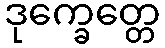
ဒုက္ခေတ္တေ